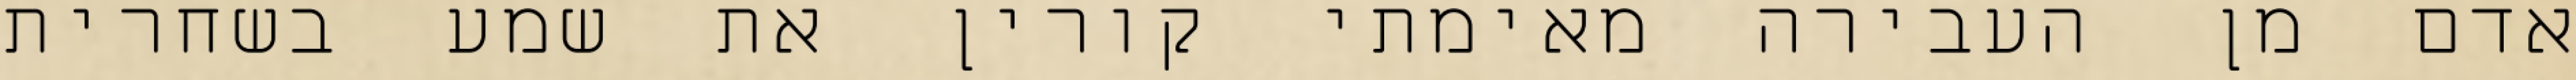
אדם מן העבירה מאימתי קורין את שמע בשחרית